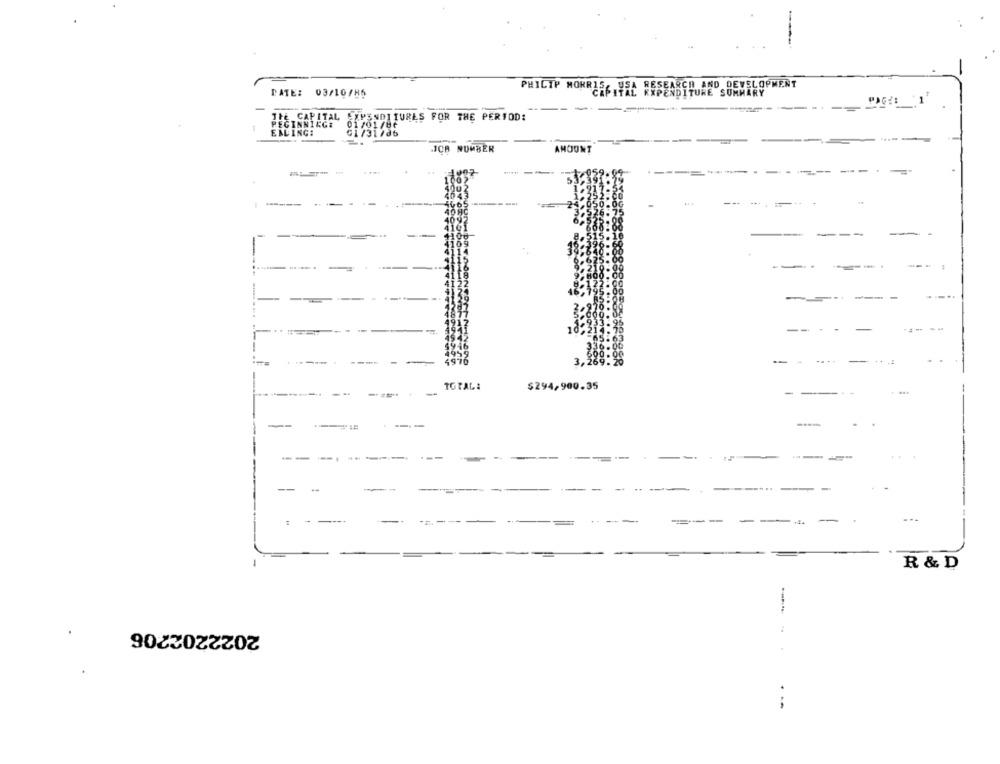
----
PHILIP MORRIS, USA RESEARCH AND DEVELOPMENT
CAPITAL EXPENDITURE SUMMARY
DATE: 03/10/H5
SUMMARY
--
-
PEGINNINGE
THE CAPITAL EXPENDITURES FOR THE PERIOD:
01/01 /80
EALING:
01/31/db
...
NUMBER
AMOUNT
-----
----
--
--.
TOTAL:
$294,900.35
..
-
--
--
-
...
-
-
--
-
R & D
2022202206
--